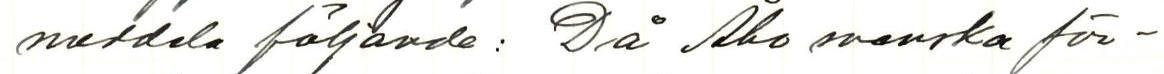
meddela följande: Då Åbo svanska för-